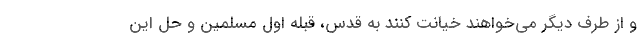
و از طرف دیگر می‌خواهند خیانت کنند به قدس، قبله اول مسلمین و حل این